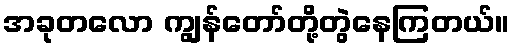
အခုတလော ကျွန်တော်တို့တွဲနေကြတယ်။